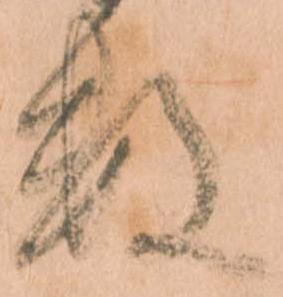
数